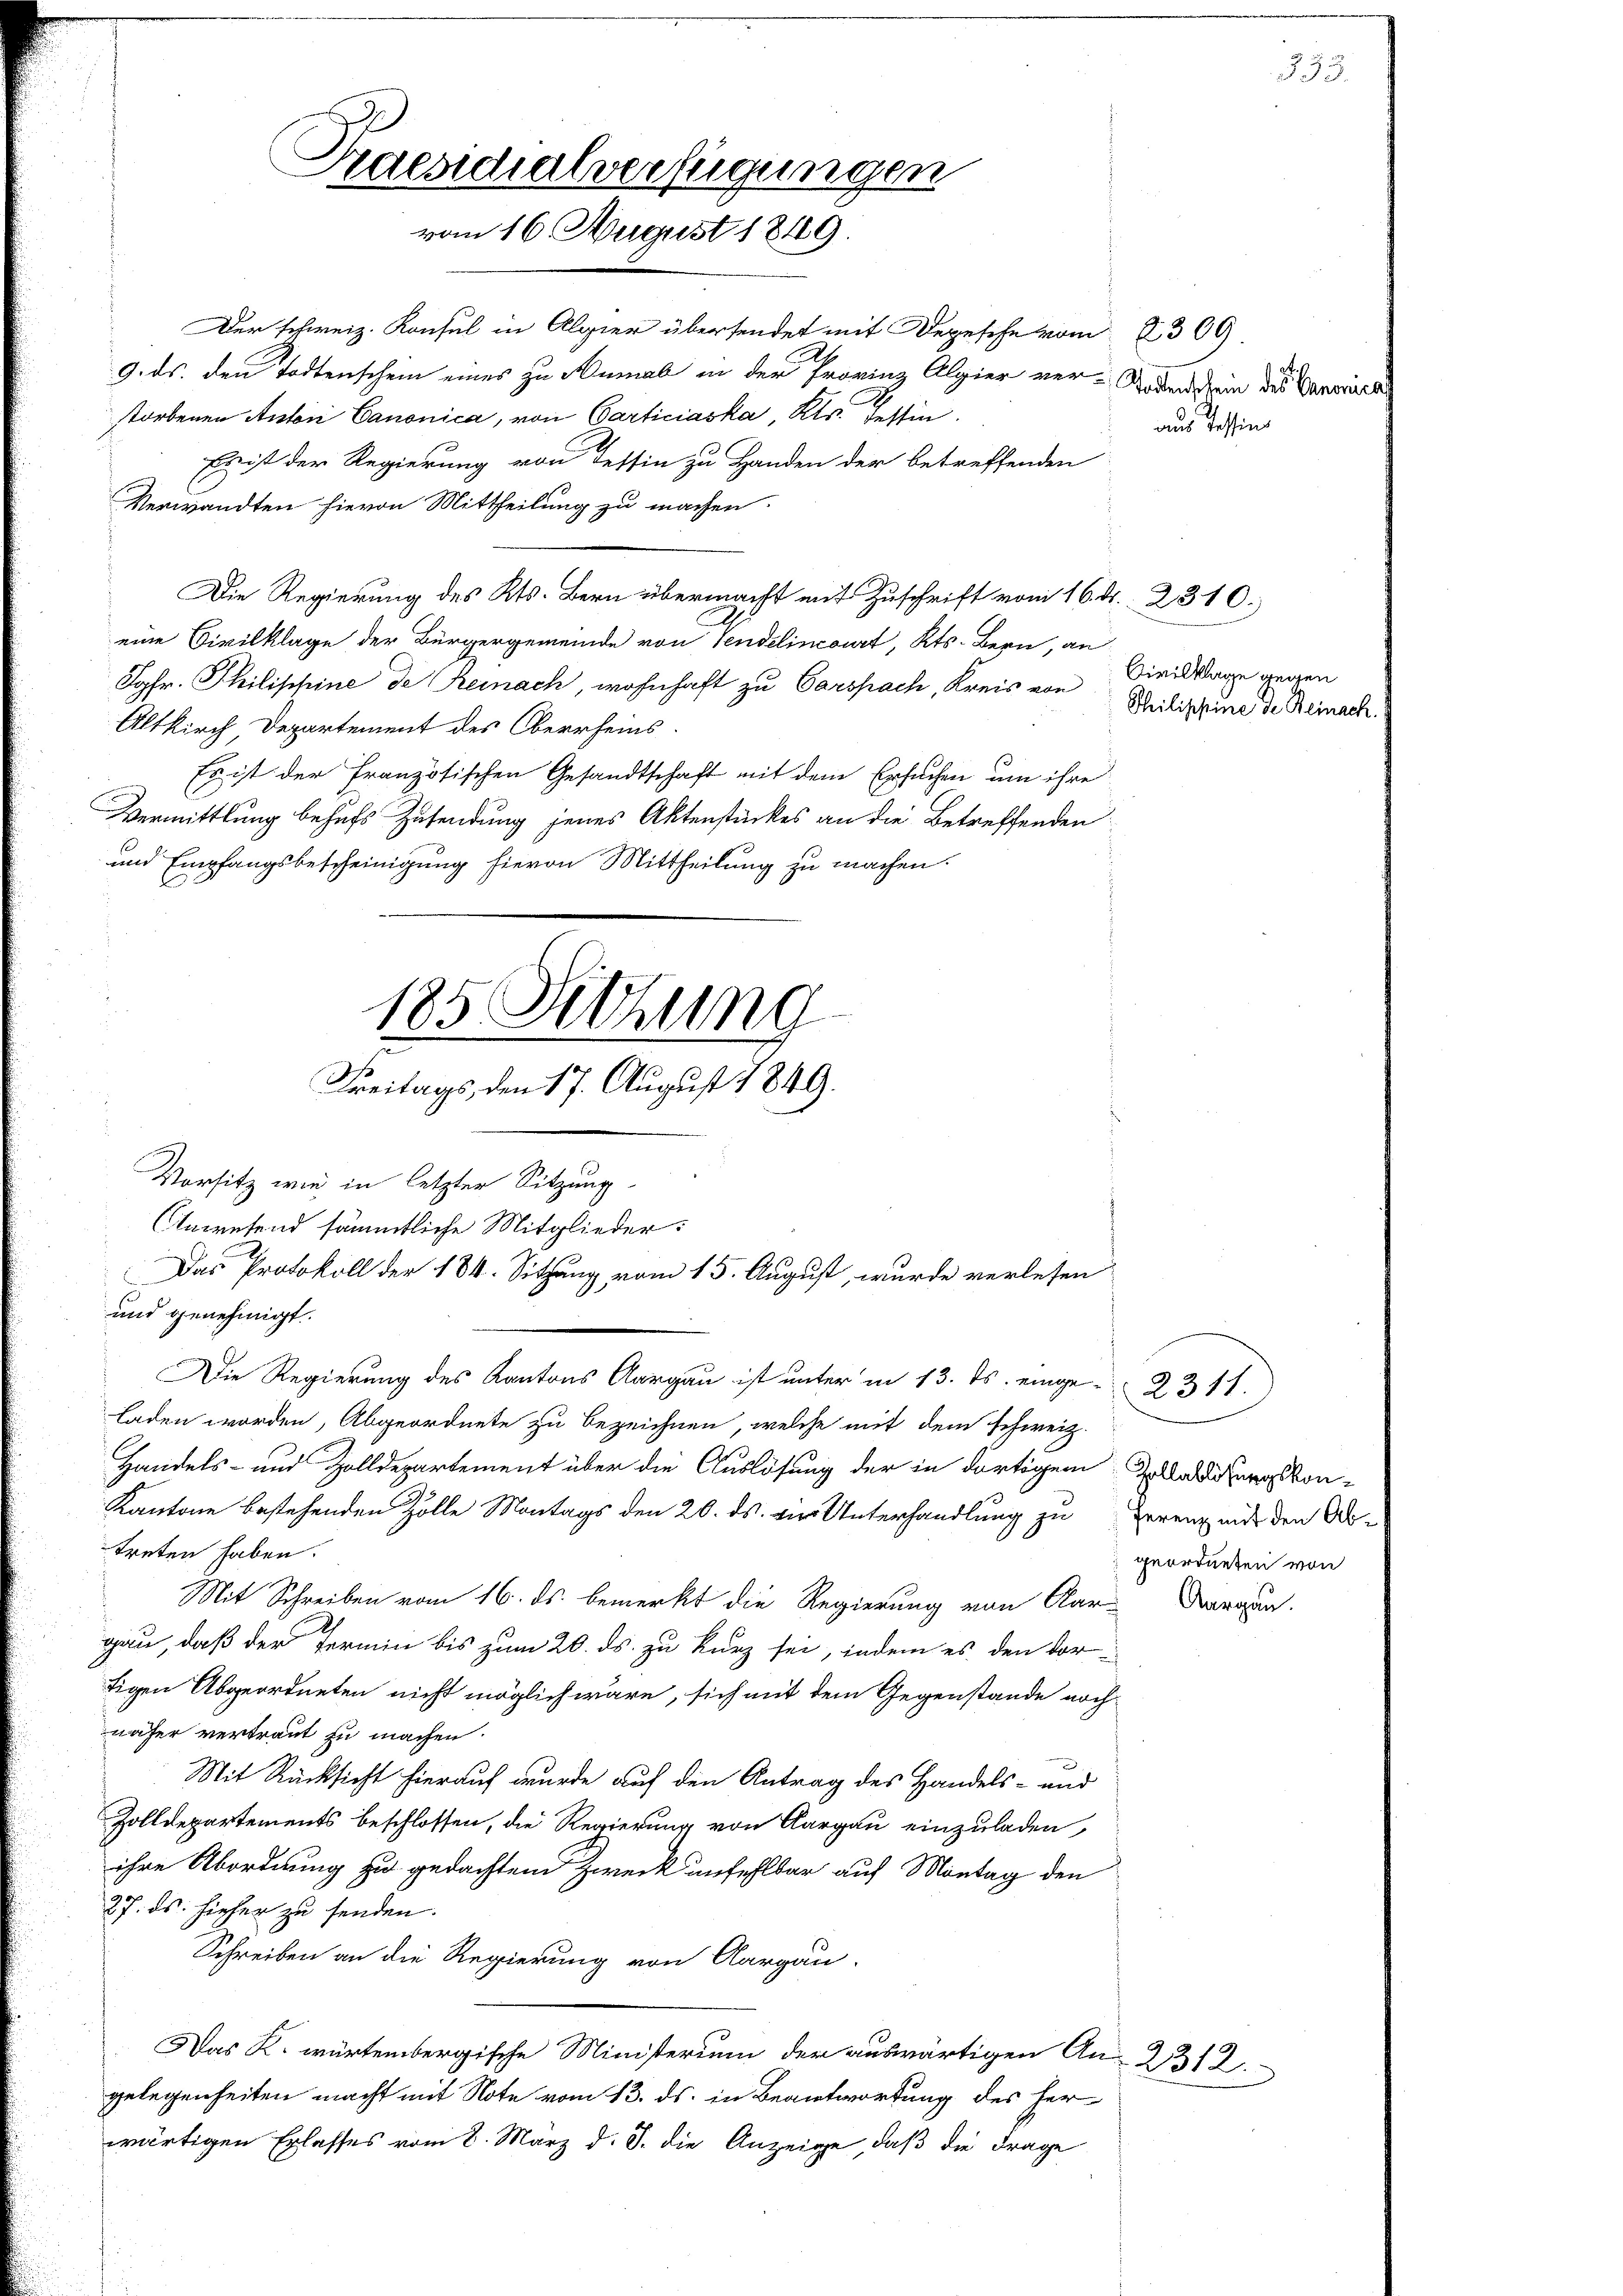
Der schweiz. Konsul in Algier übersendet mit Depesche vom 2369.
9. ds. den Todtenschein eines zu Numal in der Provinz Algier ver-Boden drin des Verweis
storbenen Anton Canonica, von Carticiaska, Kts. Tessin
Es ist der Regierung von Tessin zu Handen der betreffenden
Verwandten hievon Mittheilung zu machen.
Die Regierung des Kts. Bern übermacht mit Zuschrift vom 16. d. 2310.
eine Civilklage der Bürgergemeinde von Sendelincourt, Kts. Bern, an
Jgfr. Philippine de Reinach, wohnhaft zu Carspach, Kreis von Meilischeune de Beinach.
Altkirch Departement des Oberrheins
Es ist der französischen Gesandtschaft mit dem Ersuchen um ihre
Vermittlung behufs Zusendung jenes Aktenstückes an die Betreffenden
und Empfangsbescheinigung hievon Mittheilung zu machen.
Vorsitz wie in letzter Sitzung
Anwesend sämmtliche Mitglieder:
Das Protokoll der 184. Sitzung vom 15. August, wurde verlesen
und genehmigt.
Die Regierung des Kantons Aargau ist unter in 13. ds. einge-2311)
laden worden, Abgeordnete zu bezeichnen, welche mit dem schweiz.
Handels- und Zolldepartement über die Auslösung der in dortigem Gladungskon¬
Kantone bestehenden Zölle Montags den 20. ds. vier Unterhandlung zu Irrenz mit den Ortreten haben.
Mit Schreiben vom 16. ds. bemerkt die Regierung von Clar-Warasen.
gau, daß der Termin bis zum 20. ds. zu kurz sei, indem es den Vor-
tigen Abgeordneten nicht möglich wäre, sich mit dem Gegenstände nochnäher vertraut zu machen.
Mit Rücksicht hierauf wurde auf den Antrag des Handels- und
Zolldepartements beschlossen, die Regierung von Aargau einzuladen,
ihre Abordnung zu gedachtem Zweck unfehlbar auf Montag den
27. ds. hieher zu senden.
Schreiben an die Regierung von Aargau.
Das K. würtembergische Ministerium der auswärtigen An- 2312.
gelegenheiten macht mit Note vom 13. ds. in Beantwortung des her
wärtigen Erlasses vom 8. März d. J. die Anzeige, daß die Frage

Praesidialverfügungen
vom 16. August 1849.

185 Setzung
1
s
Freitags, den 17. August 1849.

aaus Tessin

Civilklage gegen

geordneten von

233